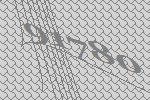
91780